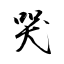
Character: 哭